Civil Veterinary Department. Madras. Admin. report 1926-33 - 1926-1933
Year: 1926
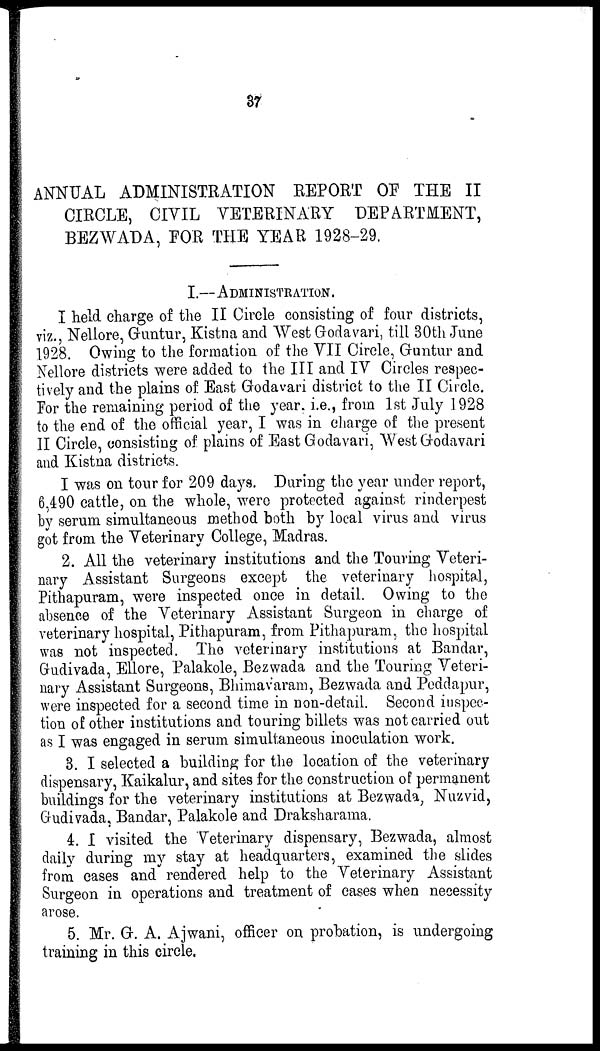
37
ANNUAL ADMINISTRATION REPORT OF THE II
CIRCLE, CIVIL VETERINARY DEPARTMENT,
BEZWADA, FOR THE YEAR 1928-29.
I.— ADMINISTRATION.
I held charge of the II Circle consisting of four districts,
viz., Nellore, Guntur, Kistna and West Godavari, till 30th June
1928. Owing to the formation of the VII Circle, Guntur and
Nellore districts were added to the III and IV Circles respec-
tively and the plains of East Godavari district to the II Circle.
For the remaining period of the year, i.e., from 1st July 1928
to the end of the official year, I was in charge of the present
II Circle, consisting of plains of East Godavari, West Godavari
and Kistna districts.
I was on tour for 209 days. During the year under report,
6,490 cattle, on the whole, were protected against rinderpest
by serum simultaneous method both by local virus and virus
got from the Veterinary College, Madras.
2. All the veterinary institutions and the Touring Veteri-
nary Assistant Surgeons except the veterinary hospital,
Pithapuram, were inspected once in detail. Owing to the
absence of the Veterinary Assistant Surgeon in charge of
veterinary hospital, Pithapuram, from Pithapuram, the hospital
was not inspected. The veterinary institutions at Bandar,
Gudivada, Ellore, Palakole, Bezwada and the Touring Veteri-
nary Assistant Surgeons, Bhimavaram, Bezwada and Peddapur,
were inspected for a second time in non-detail. Second inspec-
tion of other institutions and touring billets was not carried out
as I was engaged in serum simultaneous inoculation work.
3. I selected a building for the location of the veterinary
dispensary, Kaikalur, and sites for the construction of permanent
buildings for the veterinary institutions at Bezwada, Nuzvid,
Gudivada, Bandar, Palakole and Draksharama.
4. I visited the Veterinary dispensary, Bezwada, almost
daily during my stay at headquarters, examined the slides
from cases and rendered help to the Veterinary Assistant
Surgeon in operations and treatment of cases when necessity
arose.
5. Mr. G. A. Ajwani, officer on probation, is undergoing
training in this circle.